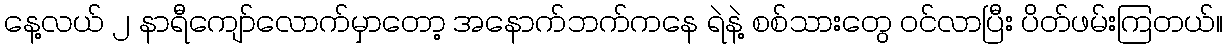
နေ့လယ် ၂ နာရီကျော်လောက်မှာတော့ အနောက်ဘက်ကနေ ရဲနဲ့ စစ်သားတွေ ဝင်လာပြီး ပိတ်ဖမ်းကြတယ်။